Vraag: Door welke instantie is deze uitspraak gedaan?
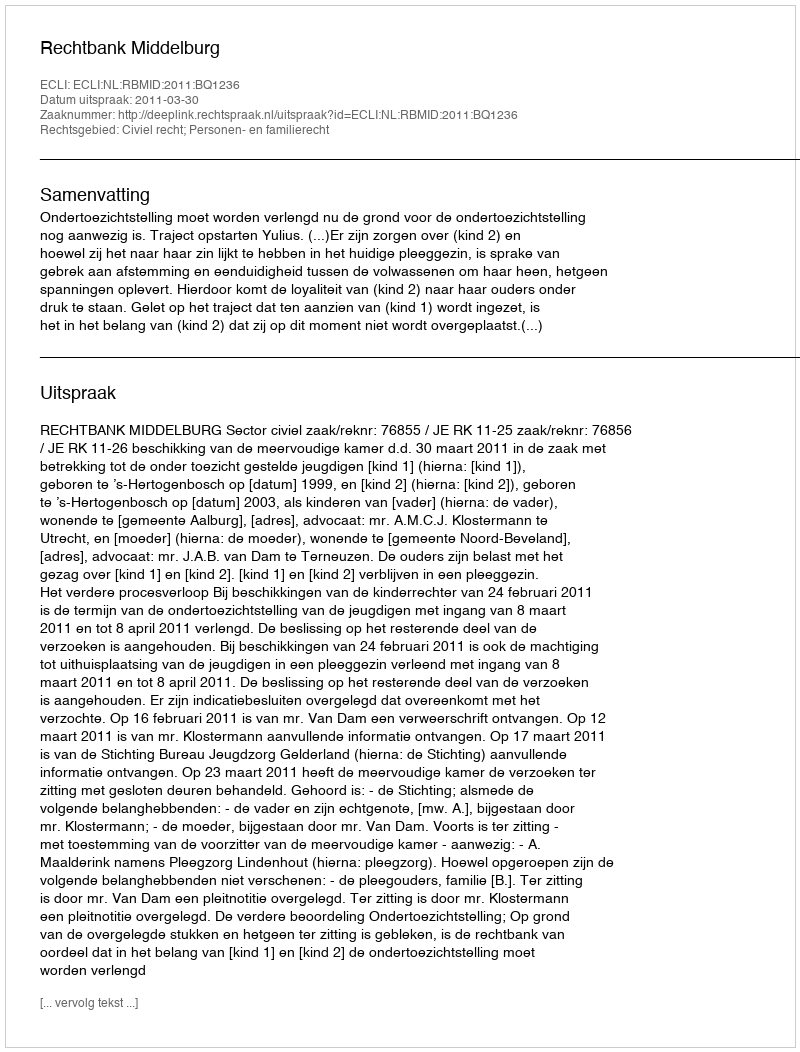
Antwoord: Rechtbank Middelburg